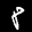
Label: 8